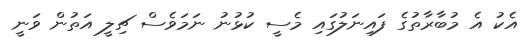
އެކު އެ މުބާރާތުގެ ފައިނަލުގައި މެސީ ކުޅުނު ނަމަވެސް ޗިލީ އަތުން ވަނީ